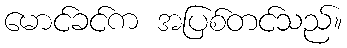
မောင်ခင်က အပြစ်တင်သည်။